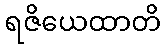
ရဇိယေထာတိ